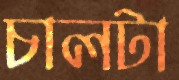
চালটা